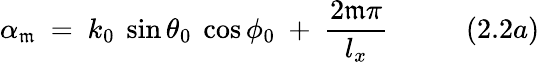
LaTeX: \alpha_{\mathfrak{m}}~=~k_{0}~\sin\theta_{0}~\cos\phi_{0}~+~{\frac{{2\mathfrak{m}\pi}}{{l_{x}}}}~~~~~~~~~~~(2.2a)